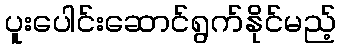
ပူးပေါင်းဆောင်ရွက်နိုင်မည့်